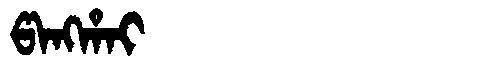
Manchu: ᡦᠠᠩᡥᠠᡳ
Romanization: PANGHAI